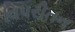
વિપરીતન